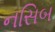
નસિબ